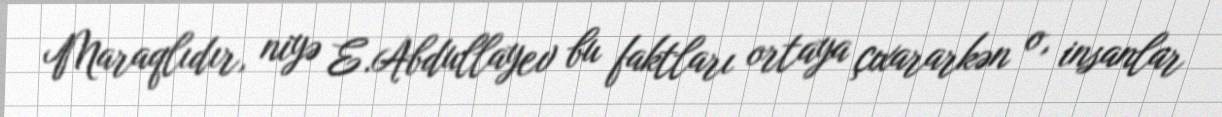
Maraqlıdır, niyə E.Abdullayev bu faktları ortaya çıxararkən o, insanlar